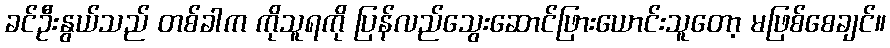
ခင်ဦးနွယ်သည် တစ်ခါက ကိုသူရကို ပြန်လည်သွေးဆောင်ဖြားယောင်းသူတော့ မဖြစ်စေချင်။